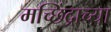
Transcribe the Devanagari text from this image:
मच्छिंद्राच्या